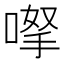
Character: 𠸎